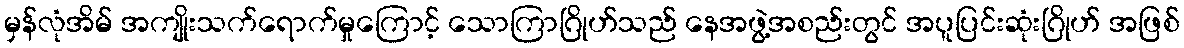
မှန်လုံအိမ် အကျိုးသက်ရောက်မှုကြောင့် သောကြာဂြိုဟ်သည် နေအဖွဲ့အစည်းတွင် အပူပြင်းဆုံးဂြိုဟ် အဖြစ်